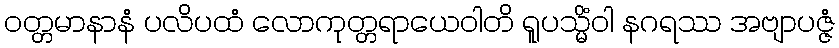
ဝတ္တမာနာနံ ပလိပထံ လောကုတ္တရာယေဝါတိ ရူပသ္မိံဝါ နဂရဿ အဗျာပဇ္ဇံ